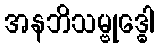
အနဘိသမ္ဗုဒ္ဓေါ